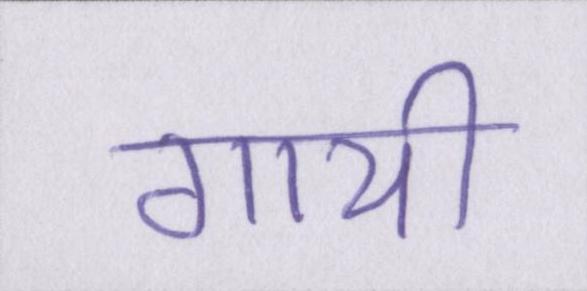
गायी